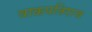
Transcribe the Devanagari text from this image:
वाकपतिराज